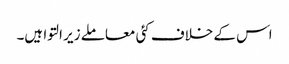
اس کے خلاف کئی معاملے زیر التوا ہیں۔